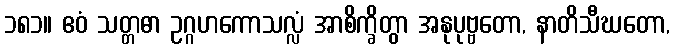
၁၈၁။ ဧဝံ သတ္တဓာ ဥဂ္ဂဟကောသလ္လံ အာစိက္ခိတွာ အနုပုဗ္ဗတော, နာတိသီဃတော,